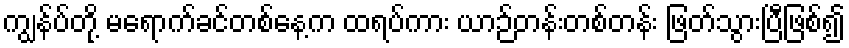
ကျွန်ပ်တို့ မရောက်ခင်တစ်နေ့က ထရပ်ကား ယာဉ်တန်းတစ်တန်း ဖြတ်သွားပြီဖြစ်၍